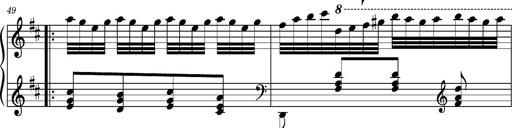
Title: Ungarischer Romanzero
Composer: Franz Liszt